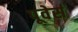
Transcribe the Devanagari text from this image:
पूवेर्स